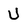
Character: U